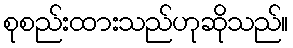
စုစည်းထားသည်ဟုဆိုသည်။